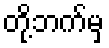
တို့ဘက်မှ